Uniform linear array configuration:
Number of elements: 32
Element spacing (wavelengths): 0.75
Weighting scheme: hamming
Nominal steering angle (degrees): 45
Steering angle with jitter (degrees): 46.966
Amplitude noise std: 0.05
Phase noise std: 0.05

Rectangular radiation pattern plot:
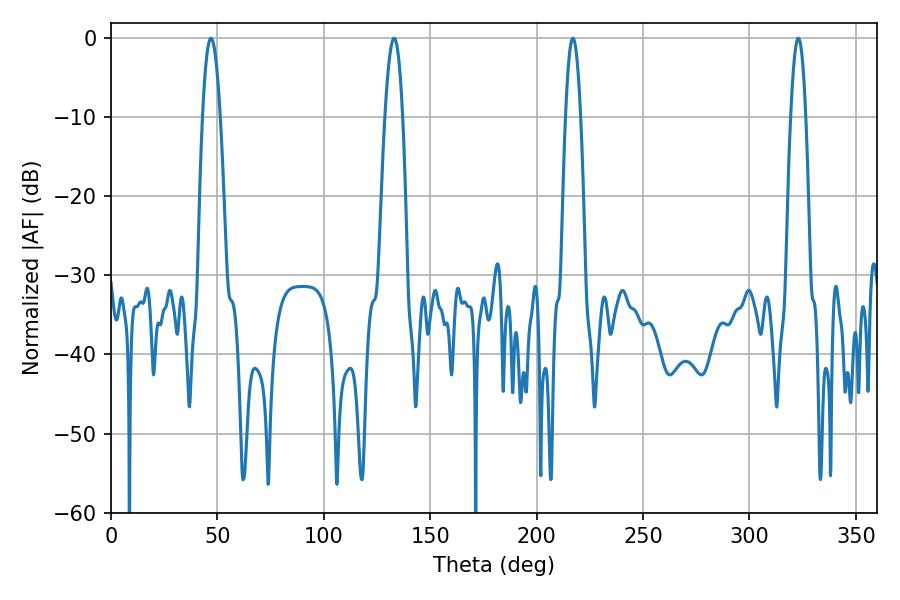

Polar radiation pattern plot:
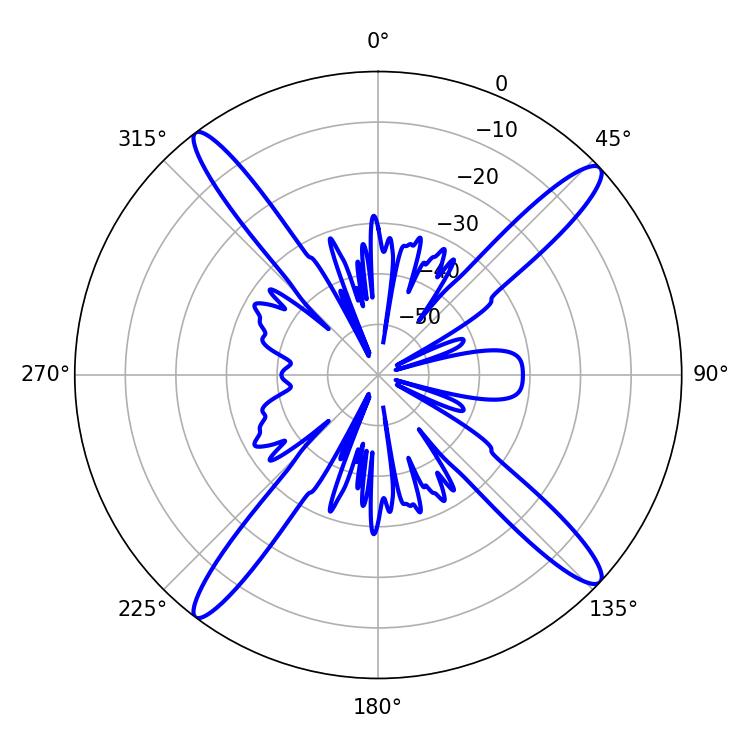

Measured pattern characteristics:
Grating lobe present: TRUE
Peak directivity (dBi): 17.235
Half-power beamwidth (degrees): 4.5
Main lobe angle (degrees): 46.98